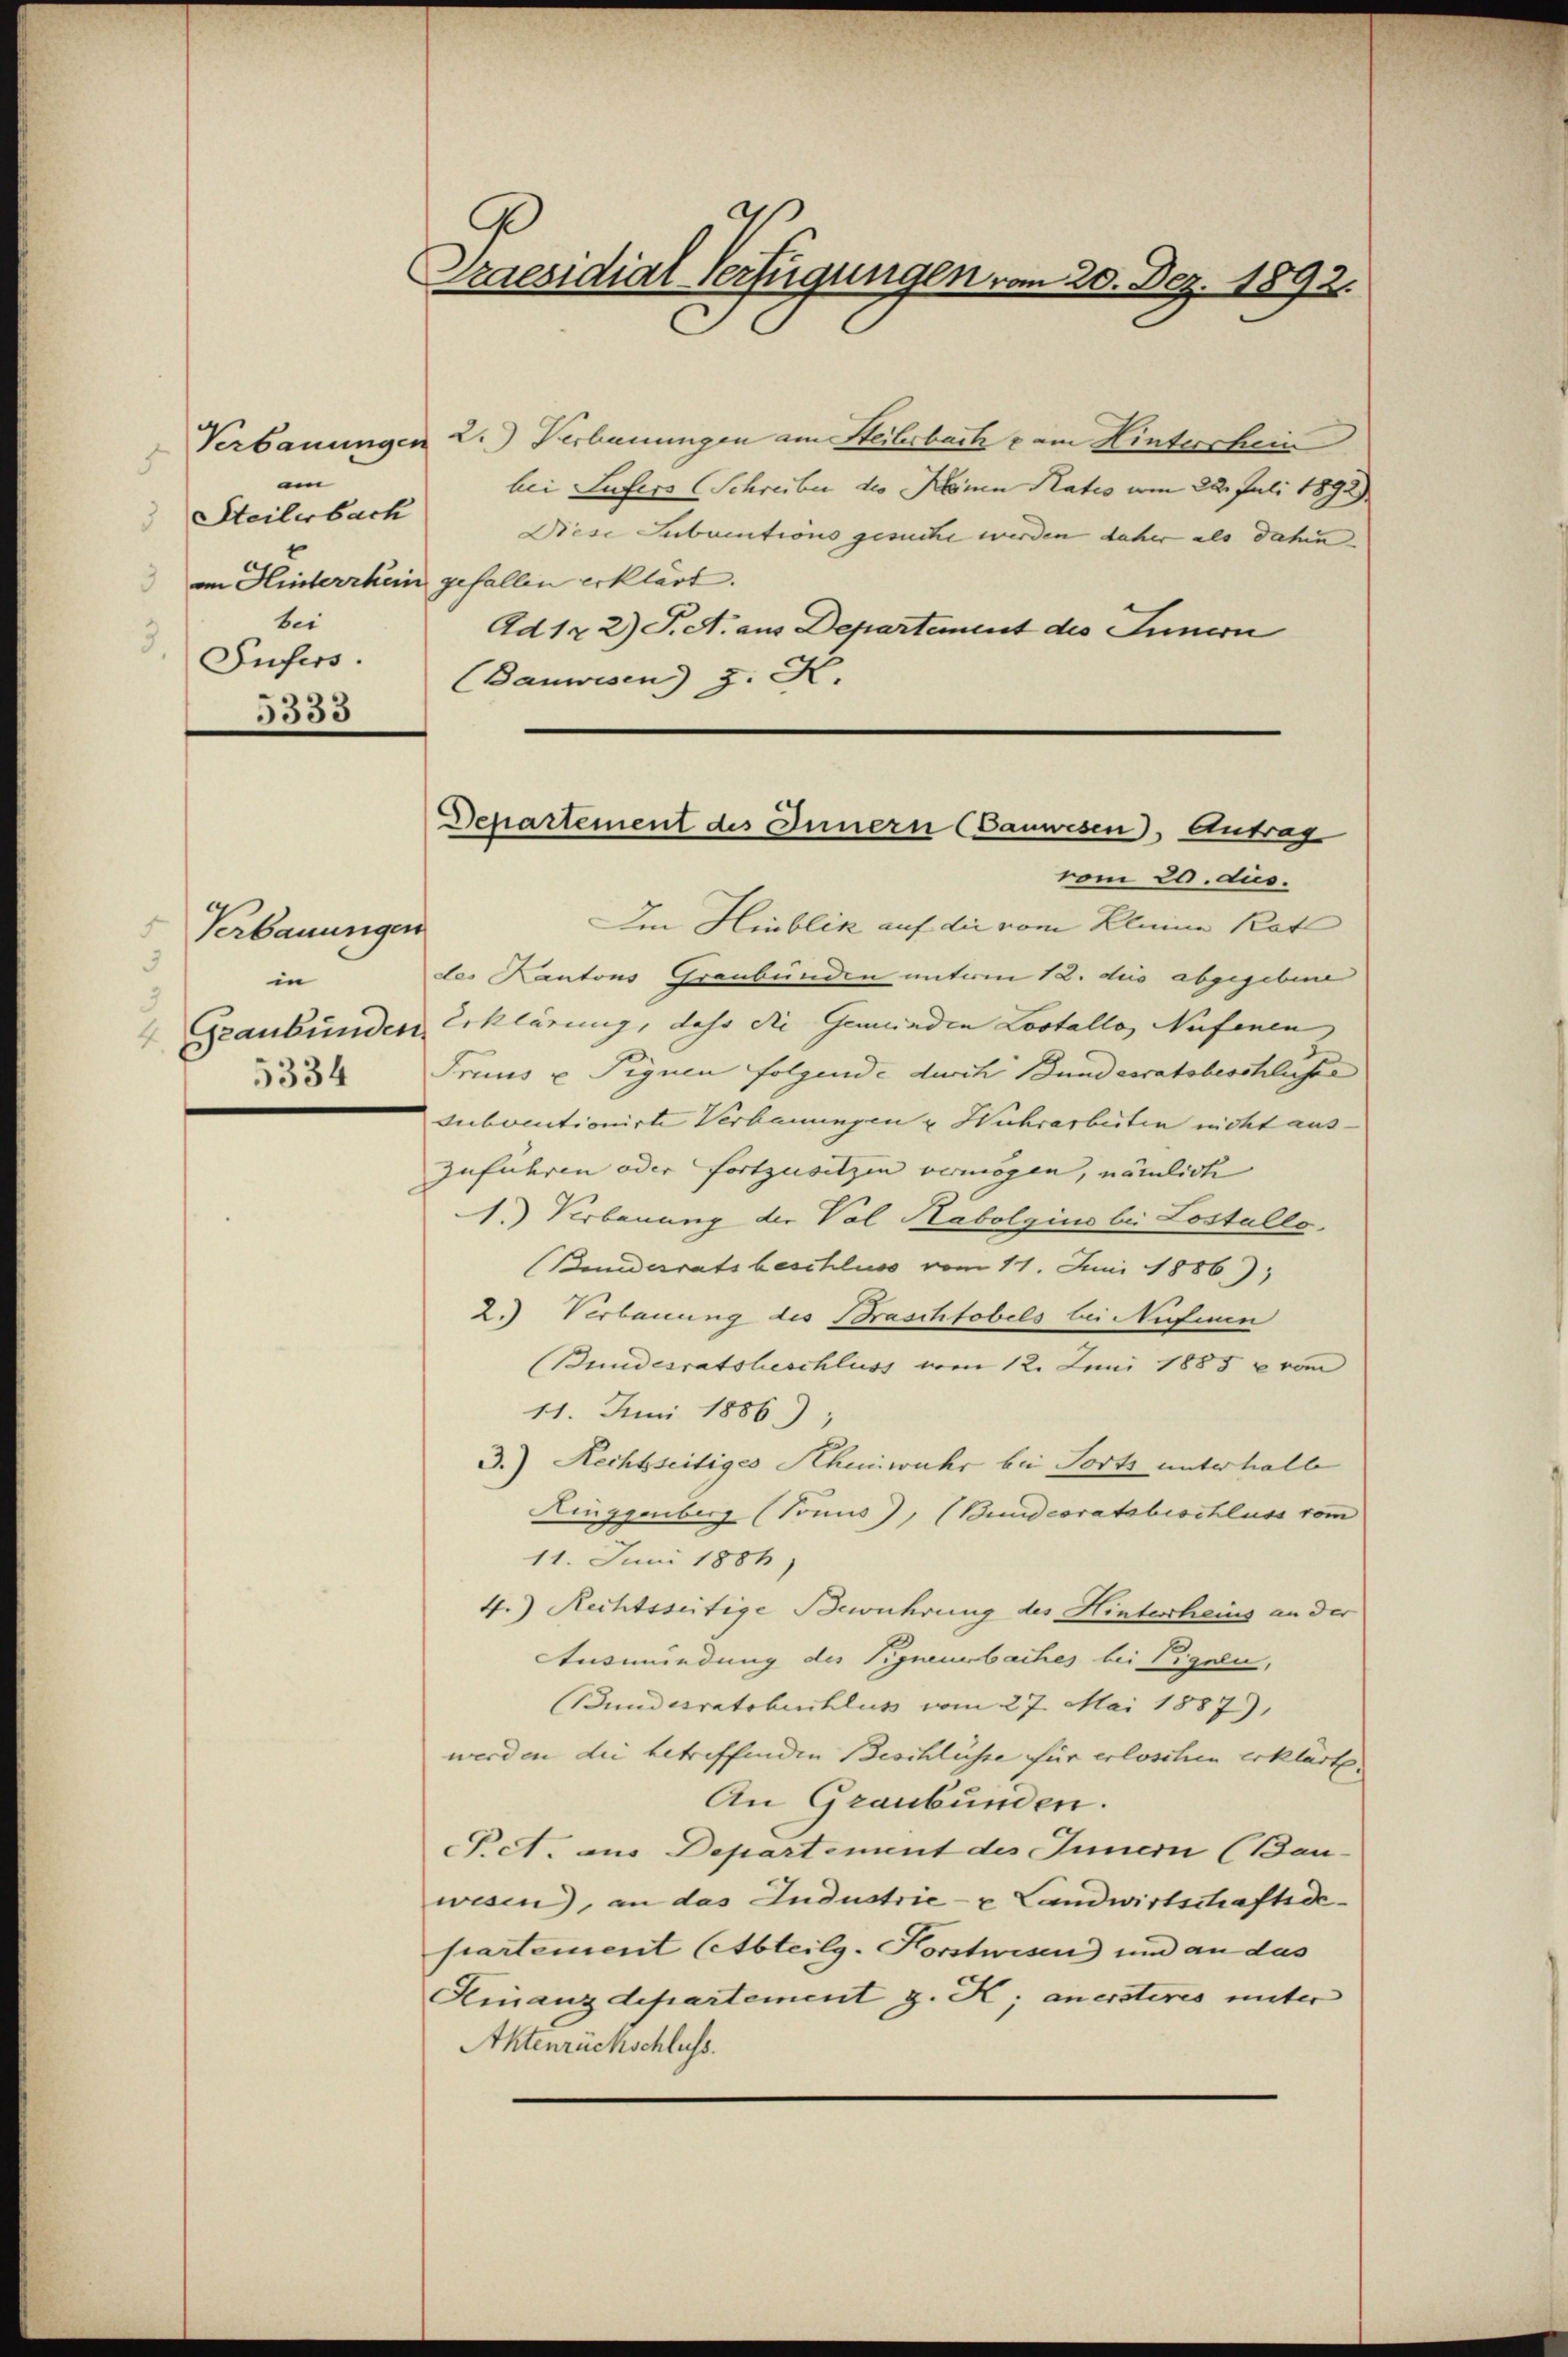
.
am
Steilerbach
bei
Iufers.
5333

Verbauungen
in
5334

Praesidial-Verfügungen vom 20. Dez. 1892.

Verbauungen 2. Verbauungen am Steilerbach vom Hinterschein
bei Lufers (Schreiber des Kein Rates vom 22. Juli 1892)
Diese Subumtions gesuche werden daher als dahin.
am Hinterrhein gefallen erklärt.
Ad 122) S. A. aus Departement des Innern
Banwesen) z. K.

Im Hinblik auf die vom Kleine Rat
des Kantons Graubünden unterm 12. des abgegebene
Graubünden Erklärung, dass die Gemeinden Lostallo, Nufenen
Frius u Pignen folgende durch Bundesratsbeschlusse
subventionirte Verbauungen u Huhrarbeiten nicht auszuführen oder Fortzusetzen vermögen, nämlich
1.) Verbauung der Vol Habolgius bei Lostolle.
(Bundesratsbeschluss vom 11. Juni 1886),
2.) Verbauung des Braschtobels bei Nafinen
(Bundesratsbeschluss vom 12. Juni 1885 u vom
11. Juni 1886);
3.) Rechtseitiges Rheinwahr bei Forts unterhalb
Ringgenberg (Tonus), (Bundesratsbeschluss vom
11. Juni 1886)
4.) Rechtsseitige Bewuhrung des Hintertheins an der
Ausmündung des Pignenbaches bei Pignen,
(Bundesratsbeschluss vom 27. Mai 1887),
werden die betreffenden Beschlüsse für erloschen Erklärte
An Graubünden.
Pct. aus Departement des Innern (Bau-
wesen), an das Industrie - u Landwirtschaftsdepartement (Abteilg. Korstwisen) und an das
Kinanzdepartement z. K; anersteres unter
Aktenrückschluss.

Departement des Innern (Cauwesen, Antrag
vom 20. dus.